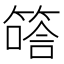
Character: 𥱟